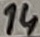
Text: 14